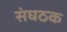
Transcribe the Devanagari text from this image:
संघठक